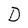
Character: D